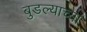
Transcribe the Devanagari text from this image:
बुडल्याच्या